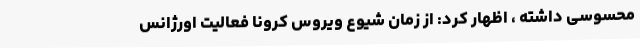
محسوسی داشته ، اظهار کرد: از زمان شیوع ویروس کرونا فعالیت اورژانس